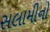
સલામીનો